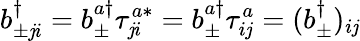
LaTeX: b_{\pm\mathit{j}i}^{\dagger}=b_{\pm}^{a\dagger}\tau_{\mathit{j}i}^{a*}=b_{\pm}^{a\dagger}\tau_{i\mathit{j}}^{a}=(b_{\pm}^{\dagger})_{i\mathit{j}}